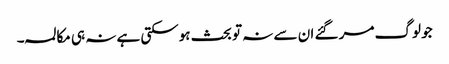
جو لوگ مر گئے ان سے نہ تو بحث ہوسکتی ہے نہ ہی مکالمہ۔